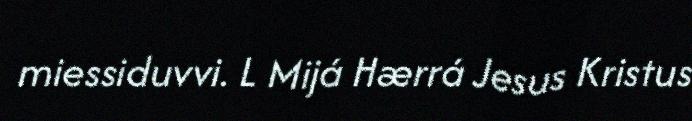
miessiduvvi. L Mijá Hærrá Jesus Kristus